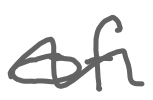
Text: of
Cross-out: wave
Writing tool: digital_gray